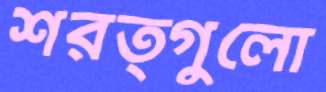
শরত্গুলো